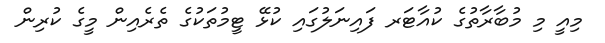
މިއީ މި މުބާރާތުގެ ކުއާޓަރ ފައިނަލުގައި ކުޅޭ ޓީމުތަކުގެ ތެރެއިން މީގެ ކުރިން